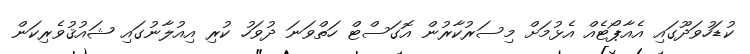
ކުޑަހުވަދޫގައި އެއާޕޯޓެއް އެޅުމަށް މިސަރުކާރުން އޮގަސްޓް ހަތްވަނަ ދުވަހު ކުރި އިއުލާނުގައި ޝައުޤުވެރިކަން